Leaving Certificate Examination, 1919, 1919
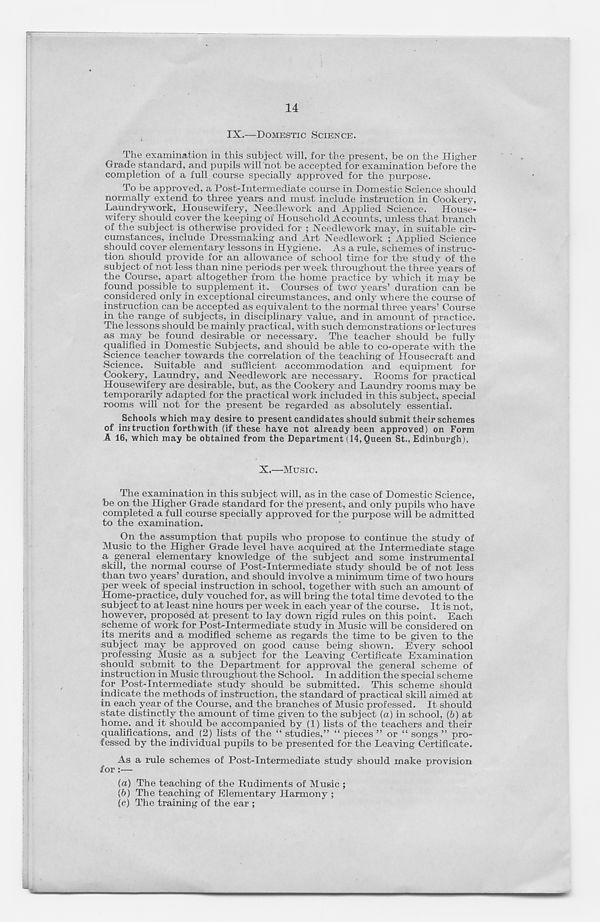
14
IX.—DOMESTIC SCIENCE.
The examination in this subject will, for the present, be on the Higher
Grade standard, and pupils will not be accepted for examination before the
completion of a full course specially approved for the purpose.
To be approved, a Post-Intermediate course in Domestic Science should
normally extend to three years and must include instruction in Cookery,
Laundrywork, Housewifery, Needlework and Applied Science.
House-
wifery should cover the keeping of Household Accounts, unless that branch
of the subject is otherwise provided for ; Needlework may, in suitable cir-
cumstances, include Dressmaking and Art Needlework Applied Science
should cover elementary lessons in Hygiene. As a rule, schemes of instruc-
tion should provide for an allowance of school time for the study of the
subject of not less than nine periods per week throughout the three years of
the Course, apart altogether from the home practice by which it may be
found possible to supplement it. Courses of two' years’ duration can be
considered only in exceptional circumstances, and only where the course of
instruction can be accepted as equivalent to the normal three years’ Course
in the range of subjects, in disciplinary value, and in amount of practice.
The lessons should be mainly practical, with such demonstrations or lectures
as may be found desirable or necessary. The teacher should be fully
qualified in Domestic Subjects, and should be able to co-operate with the
Science teacher towards the correlation of the teaching of Housecraft and
Science. Suitable and sufficient accommodation and equipment for
Cookery, Laundry, and Needlework are necessary. Rooms for practical
Housewifery are desirable, but, as the Cookery and Laundry rooms may be
temporarily adapted for the practical work included in this subject, special
rooms will not for the present be regarded as absolutely essential.
Schools which may desire to present candidates should submit their schemes
of instruction forthwith (if these have not already been approved) on Form
A 16, which may be obtained from the Department (14, Queen St., Edinburgh).
X.—Music.
The examination in this subject will, as in the case of Domestic Science,
be on the Higher Grade standard for the present, and only pupils who have
completed a full course specially approved for the purpose will be admitted
to the examination.
On the assumption that pupils who propose to continue the study of
Music to the Higher Grade level have acquired at the Intermediate stage
a general elementary knowledge of the subject and some instrumental
skill, the norma] course of Post-Intermediate study should be of not less
than two years’ duration, and should involve a minimum time of two hours
per week of special instruction in school, together with such an amount of
Home-practice, duly vouched for, as will bring the total time devoted to the
subject to at least nine hours per week in each year of the course. It is not,
however, proposed at present to lay down rigid rules on this point. Each
scheme of work for Post-Intermediate study in Music will be considered on
its merits and a modified scheme as regards the time to be given to the
subject may be approved on good cause being shown. Every school
professing Music as a subject for the Leaving Certificate Examination
should submit to the Department for approval the general scheme of
instruction in Music throughout the School. In addition the special scheme
for Post-Intermediate study should be submitted. This scheme should
indicate the methods of instruction, the standard of practical skill aimed at
in each year of the Course, and the branches of Music professed. It should
state distinctly the amount of time given to the subject (a) in school, (b) at
home, and it should be accompanied by (1) lists of the teachers and their
qualifications, and (2) lists of the “ studies,” “ pieces ” or “ songs ” pro-
fessed by the individual pupils to be presented for the Leaving Certificate.
As a rule schemes of Post-Intermediate study should make provision
for:—
(а) The teaching of the Rudiments of Music ;
(б) The teaching of Elementary Harmony ;
(c) The training of the ear ;